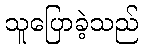
သူပြောခဲ့သည်